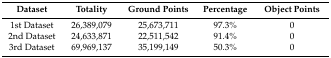
| Dataset | Totality | Ground Points | Percentage | Object Points |
 | --- | --- | --- | --- | --- |
 | 1st Dataset | 26,389,079 | 25,673,711 | 97.3% | 0 |
 | 2nd Dataset | 24,633,871 | 22,511,542 | 91.4% | 0 |
 | 3rd Dataset | 69,969,137 | 35,199,149 | 50.3% | 0 |